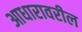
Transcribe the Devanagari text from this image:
आधारावरील